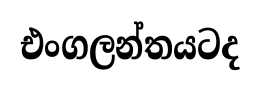
එංගලන්තයටද